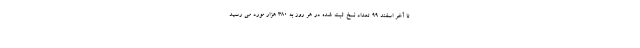
تا آخر اسفند ۹۹ تعداد نسخ ثبت شده در هر روز به ۳۸۰ هزار مورد می رسید